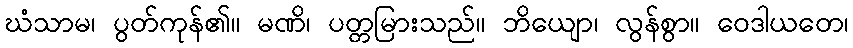
ဃံသာမ၊ ပွတ်ကုန်၏။ မဏိ၊ ပတ္တမြားသည်။ ဘိယျော၊ လွန်စွာ။ ဝေဒါယတေ၊